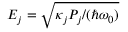
E _ { j } = \sqrt { \kappa _ { j } P _ { j } / ( \hbar \omega _ { 0 } ) }